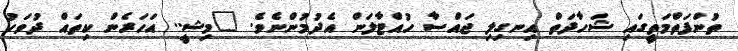
ތުންފަތްމަތީގައި ޝަހާދަތް އިނގިލި ޖައްސާ ހުއްޓާލަން އެދުމުންނެވެ. "މިޝީ.. އަހަރެން ކިތައް ދުވަހު